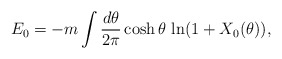
\begin{align*}E_0=-m\int {d\theta\over 2\pi}\cosh\theta\, \ln(1+X_0(\theta)),\end{align*}